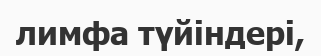
лимфа түйіндері,